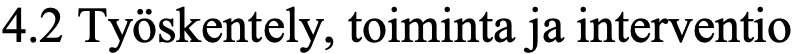
4.2 Työskentely, toiminta ja interventio